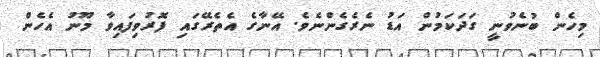
މިހެން ބުނެވުނީ ގަދަކަމުން އަޑު ނެރެގެންނެވެ. އޭނާގެ އެތެރޭގައި ފޮރުވިފައިވާ މޫނު އެހެން